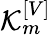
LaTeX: \mathcal{\mathcal{K}}_{m}^{\left[V\right]}